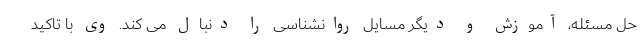
حل مسئله، آموزش و دیگر مسایل روانشناسی را دنبال می کند. وی با تاکید